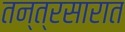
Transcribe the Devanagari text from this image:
तन्त्रसारात